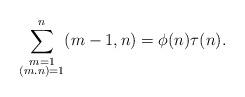
LaTeX: \begin{align*}\sum\limits_{\substack{m=1\\(m.n)=1}}^n (m-1,n)=\phi(n)\tau(n).\end{align*}